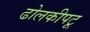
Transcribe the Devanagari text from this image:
ढोलकीपटू